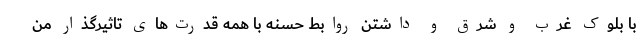
با بلوک غرب و شرق و داشتن روابط حسنه با همه قدرت‌های تاثیرگذار من